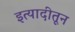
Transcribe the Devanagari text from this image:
इत्यादीतून